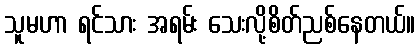
သူမဟာ ရင်သား အရမ်း သေးလို့စိတ်ညစ်နေတယ်။